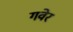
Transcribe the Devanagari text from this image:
गवेर